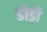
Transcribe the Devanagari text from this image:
डोड़ी